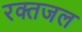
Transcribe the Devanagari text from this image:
रक्तजल